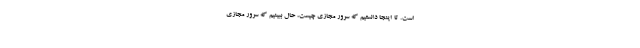
است. تا اینجا دانستیم که سرور مجازی چیست، حال ببینیم که سرور مجازی